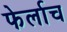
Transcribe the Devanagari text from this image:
फेर्लाच